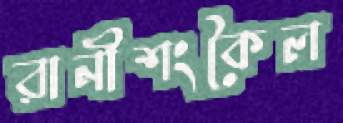
রানীশংকৈল